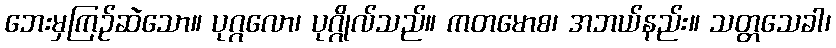
ဘေးမှကြဉ်ဆဲသော။ ပုဂ္ဂလော၊ ပုဂ္ဂိုလ်သည်။ ကတမောစ၊ အဘယ်နည်း။ သတ္တသေခါ၊